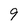
Character: 9